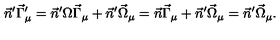
\vec { n } ^ { \prime } \vec { \Gamma } _ { \mu } ^ { \prime } = \vec { n } ^ { \prime } \Omega \vec { \Gamma } _ { \mu } + \vec { n } ^ { \prime } \vec { \Omega } _ { \mu } = \vec { n } \vec { \Gamma } _ { \mu } + \vec { n } ^ { \prime } \vec { \Omega } _ { \mu } = \vec { n } ^ { \prime } \vec { \Omega } _ { \mu } .